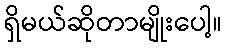
ရှိမယ်ဆိုတာမျိုးပေါ့။